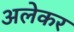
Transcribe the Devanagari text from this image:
अलेकर